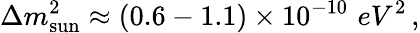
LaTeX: \Delta m_{\mathrm{{sun}}}^{2}\approx(0.6-1.1)\times 10^{-10}\, \, {eV^{2}}\, ,